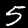
Label: 5